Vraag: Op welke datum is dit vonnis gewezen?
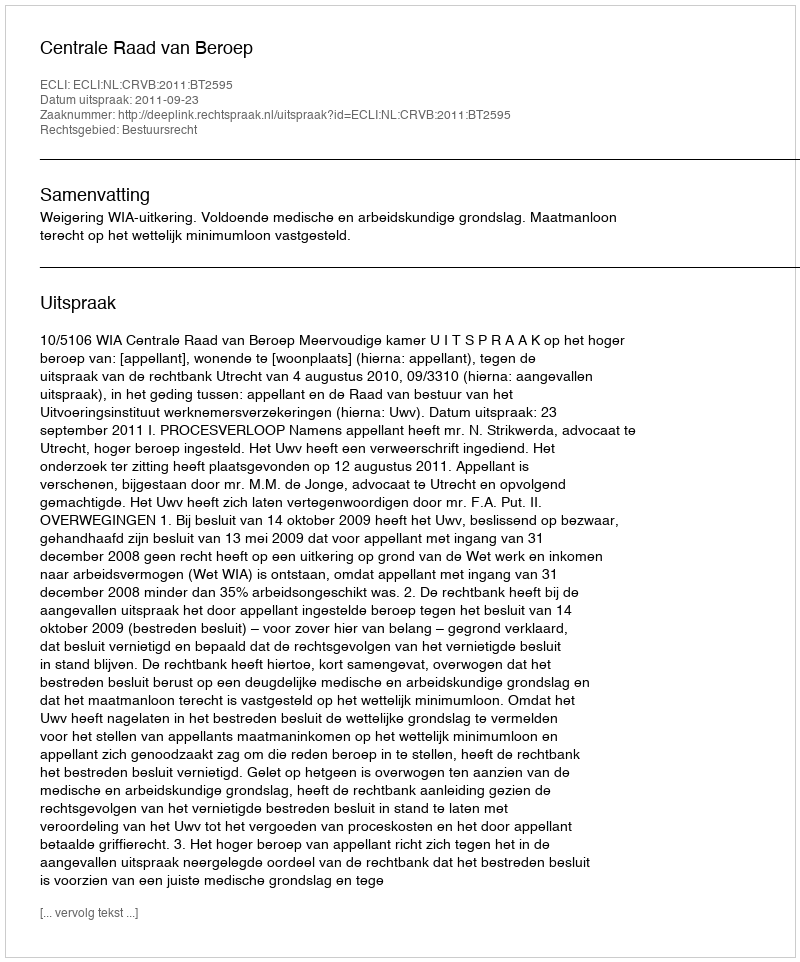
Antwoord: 2011-09-23